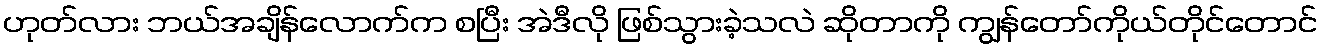
ဟုတ်လား ဘယ်အချိန်လောက်က စပြီး အဲဒီလို ဖြစ်သွားခဲ့သလဲ ဆိုတာကို ကျွန်တော်ကိုယ်တိုင်တောင်